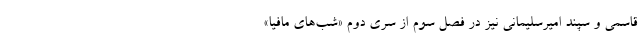
قاسمی و سپند امیرسلیمانی نیز در فصل سوم از سری دوم «شب‌های مافیا»